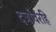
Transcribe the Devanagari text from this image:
दर्जांवरहि